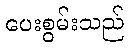
ပေးစွမ်းသည်